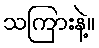
သကြားနဲ့။